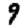
Digit: 9